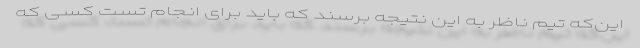
این‌که تیم ناظر به این نتیجه برسند که باید برای انجام تست کسی که